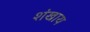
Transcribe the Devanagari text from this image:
शंखाय